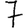
Digit: 7